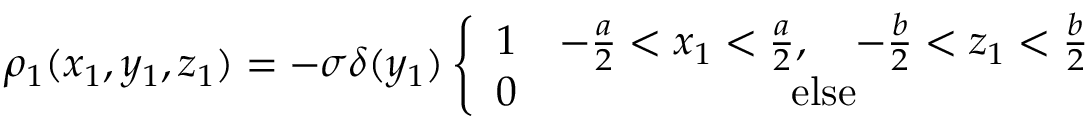
\rho _ { 1 } ( x _ { 1 } , y _ { 1 } , z _ { 1 } ) = - \sigma \delta ( y _ { 1 } ) \left\{ \begin{array} { c c } { 1 } & { - \frac { a } { 2 } < x _ { 1 } < \frac { a } { 2 } , \quad - \frac { b } { 2 } < z _ { 1 } < \frac { b } { 2 } } \\ { 0 } & { \mathrm { e l s e } } \end{array} \right.